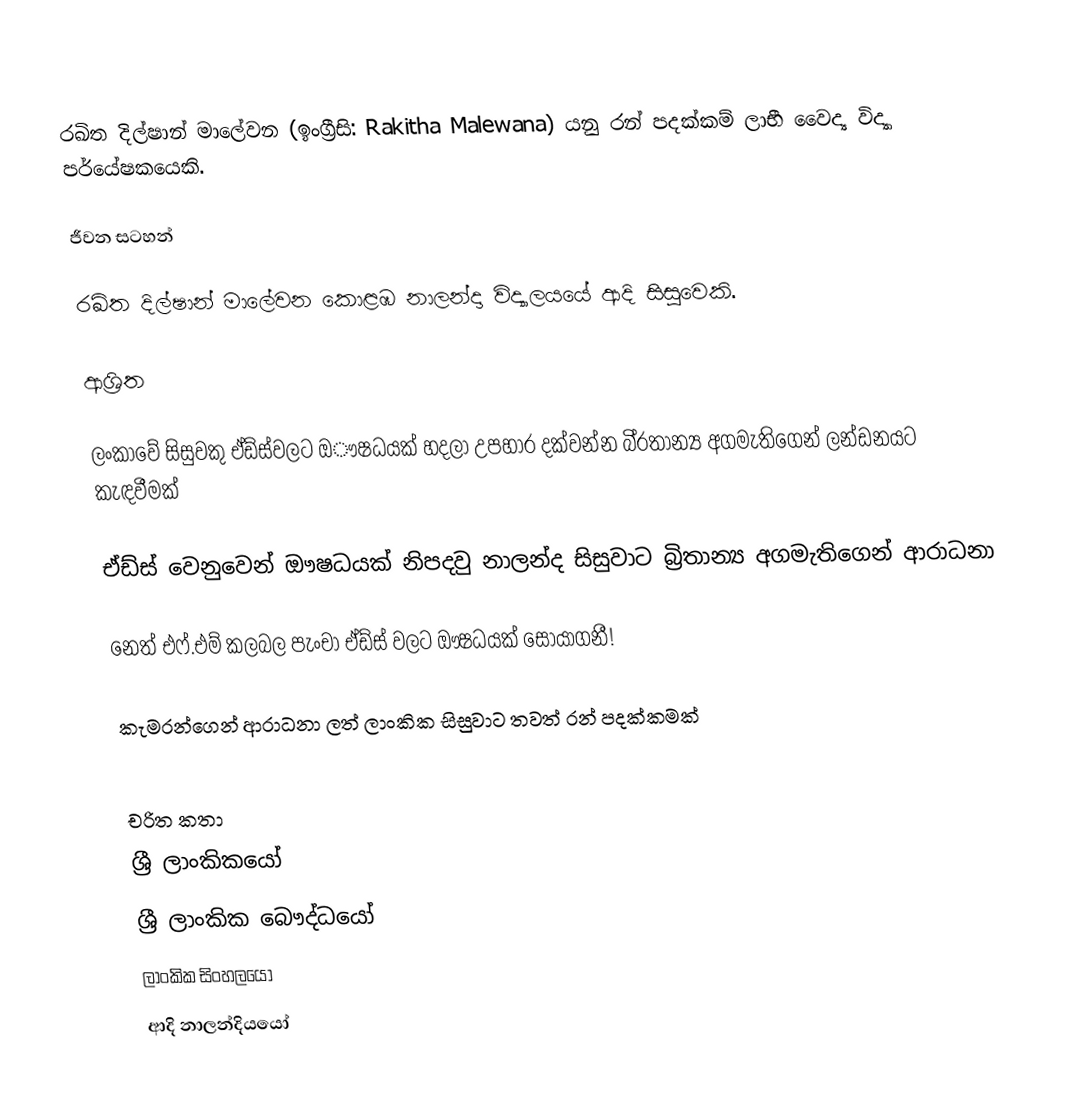
රඛිත දිල්ෂාන් මාලේවන (ඉංග්‍රීසි: Rakitha Malewana) යනු රන් පදක්කම් ලාභී වෛද්‍ය විද්‍යා පර්යේෂකයෙකි.

ජීවන සටහන්

රඛිත දිල්ෂාන් මාලේවන  කොළඹ නාලන්දා විද්‍යාලයයේ ආදි සිසුවෙකි.

ආශ්‍රිත

 ලංකාවේ සිසුවකු ඒඩ්ස්වලට ඔෟෂධයක් හදලා උපහාර දක්වන්න බි්‍රතාන්‍ය අගමැතිගෙන් ලන්ඩනයට කැඳවීමක්

 ඒඩ්ස් වෙනුවෙන් ඖෂධයක් නිපදවු නාලන්ද සිසුවාට බ්‍රිතාන්‍ය අගමැතිගෙන් ආරාධනා

 නෙත් එෆ්.එම් කලබල පැංචා ඒඩ්ස් වලට ඖෂධයක් සොයාගනී!

 කැමරන්ගෙන් ආරාධනා ලත් ලාංකික සිසුවාට තවත් රන් පදක්කමක්

චරිත කතා
ශ්‍රී ලාංකිකයෝ
ශ්‍රී ලාංකික බෞද්ධයෝ
ලාංකික සිංහලයෝ
ආදි නාලන්දියයෝ